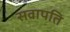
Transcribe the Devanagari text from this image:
सवापति